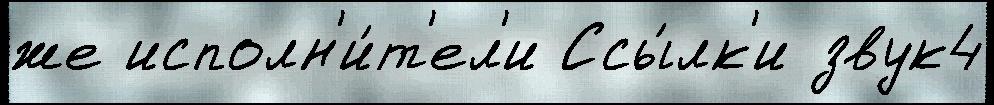
же исполн'и́т'ел'и Ссы́лк'и звук4